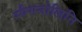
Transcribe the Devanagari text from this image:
स्पैगनोलिनि